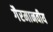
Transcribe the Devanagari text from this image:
गैरमानवीय